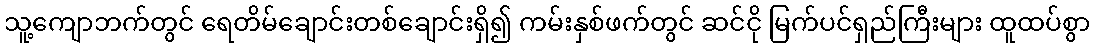
သူ့ကျောဘက်တွင် ရေတိမ်ချောင်းတစ်ချောင်းရှိ၍ ကမ်းနှစ်ဖက်တွင် ဆင်ငို မြက်ပင်ရှည်ကြီးများ ထူထပ်စွာ